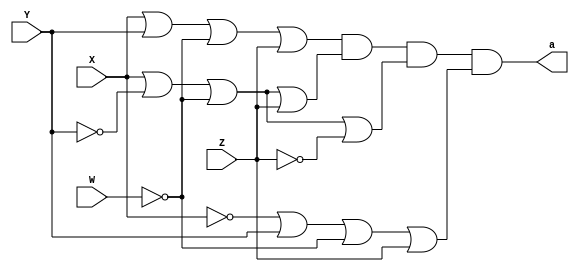
// ------------------------- 
// guia06Q4 - Simplificacao
// Nome: Larissa Domingues Gomes 
// ------------------------- 

module A (output a, input X,Y,W,Z);

	assign a = (X|Y|~W|Z)&(X|~Y|~W|Z)&(X|~Y|~W|~Z)&(~X|Y|~W|Z); 
  

endmodule



module AS (output as, input X, Y, W,Z);

	assign as = (Y|~W|Z)&(X|~Y|~W);

endmodule


module B (output b, input X,Y,W,Z);

	assign b = (X|~Y|W|Z)&(X|~Y|~W|~Z)&(~X|Y|W|~Z)&(~X|~Y|W|Z)&(~X|~Y|W|~Z); 
  

endmodule



module BS (output bs, input X, Y, W,Z);

	assign bs = (~Y|W|Z)&(~X|W|~Z)&(X|~Y|~W|~Z);

endmodule

module C (output c, input X,Y,W,Z);

	assign c =  (X|~Y|W|Z)&(~X|Y|W|Z)&(~X|~Y|W|~Z)&(~X|~Y|~W|Z)&(~X|~Y|~W|~Z); 
  

endmodule



module CS (output cs, input X, Y, W, Z);

	assign cs =(X|~Y|W|Z)&(~X|~Y|~Z)&(~X|~Y|~W)&(~X|Y|W|Z);

endmodule


module D (output d, input X,Y,W,Z);

	assign d = (X|Y|W|~Z)&(X|Y|~W|~Z)&(X|~Y|W|~Z)&(X|~Y|~W|~Z)&(~X|~Y|W|~Z)&(~X|~Y|~W|Z); 
  

endmodule


module DS (output ds, input X, Y, W,Z);

	assign ds = (X|~Z)&(~Y|W|~Z)&(~X|~Y|~W|Z);

endmodule

module E (output e, input X,Y,W,Z);

	assign e =(X|~Y|W|Z)&(X|~Y|W|~Z)&(X|~Y|~W|Z)&(X|~Y|~W|~Z)&(~X|~Y|~W|Z)&(~X|~Y|~W|~Z); 
  

endmodule


module ES (output es, input X, Y, W,Z);

	assign es = (X|~Y)&(~X|~Y|~W);

endmodule

module ValoresIniciais;

reg x, y, z, w;
wire a, as, b, bs, c, cs, d, ds, e, es;

	A letraA   (a, x, y, w, z);
	AS letraAS (as, x, y, w, z);
	B letraB   (b, x, y, w, z);
	BS letraBS (bs, x, y, w, z);
    C letraC   (c, x, y, w, z);
	CS letraCS (cs, x, y, w, z);
	D letraD   (d, x, y, w, z);
	DS letraDS (ds, x, y, w, z);
	E letraE   (e, x, y, w, z);
	ES letraES (es, x, y, w, z);
    
initial
begin : start

	x = 1'bx;
	y = 1'bx;
	z = 1'bx;
	w = 1'bx;

end

initial
begin : main

	$display("Exemplo - Larissa Gomes - 650525");
	$display("Expressoes booleanas");
	
	#1 x = 0; y = 0; w = 0; z = 0;
	$display(" x  y  w  z =  a   as    b   bs    c   cs    d   ds    e   es");
    $monitor("%2b %2b %2b %2b = %2b  %2b    %2b  %2b    %2b  %2b    %2b  %2b    %2b  %2b", x, y, w, z, a, as, b, bs, c, cs, d, ds, e, es);
		
	#1 x = 0; y = 0; w = 0; z = 0;
	#1 x = 0; y = 0; w = 0; z = 1;
	#1 x = 0; y = 0; w = 1; z = 0;
	#1 x = 0; y = 0; w = 1; z = 1;
    #1 x = 0; y = 1; w = 0; z = 0;
	#1 x = 0; y = 1; w = 0; z = 1;
	#1 x = 0; y = 1; w = 1; z = 0;
	#1 x = 0; y = 1; w = 1; z = 1;
	#1 x = 1; y = 0; w = 0; z = 0;
	#1 x = 1; y = 0; w = 0; z = 1;
	#1 x = 1; y = 0; w = 1; z = 0;
	#1 x = 1; y = 0; w = 1; z = 1;
	#1 x = 1; y = 1; w = 0; z = 0;
	#1 x = 1; y = 1; w = 0; z = 1;
	#1 x = 1; y = 1; w = 1; z = 0; 
	#1 x = 1; y = 1; w = 1; z = 1;
	
		

end
endmodule